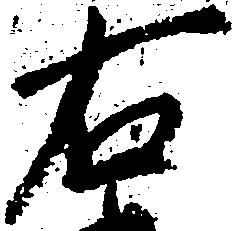
右